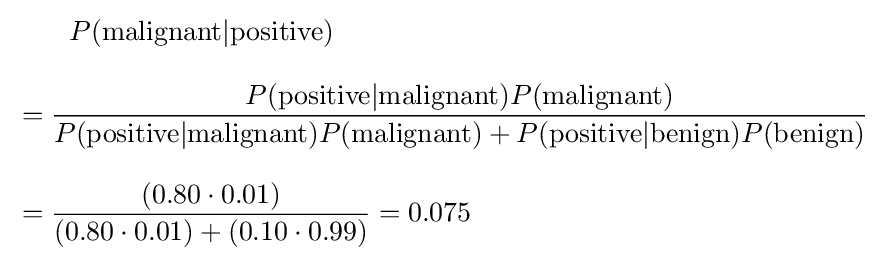
{\begin{aligned}&{}\qquad P({\text{malignant}}|{\text{positive}})\\[8pt]&={\frac {P({\text{positive}}|{\text{malignant}})P({\text{malignant}})}{P({\text{positive}}|{\text{malignant}})P({\text{malignant}})+P({\text{positive}}|{\text{benign}})P({\text{benign}})}}\\[8pt]&={\frac {(0.80\cdot 0.01)}{(0.80\cdot 0.01)+(0.10\cdot 0.99)}}=0.075\end{aligned}}